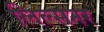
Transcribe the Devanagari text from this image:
लिल्सनर